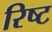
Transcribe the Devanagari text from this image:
रिष्ट